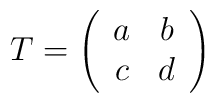
T=\left(\begin{array}{cc} a & b \\ c & d\end{array}\right)